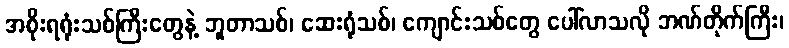
အစိုးရရုံးသစ်ကြီးတွေနဲ့ ဘူတာသစ်၊ ဆေးရုံသစ်၊ ကျောင်းသစ်တွေ ပေါ်လာသလို ဘဏ်တိုက်ကြီး၊